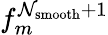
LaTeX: f_{m}^{\mathcal{N}_{\mathrm{{smooth}}}+1}